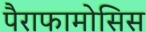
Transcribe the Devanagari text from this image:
पैराफामोसिस